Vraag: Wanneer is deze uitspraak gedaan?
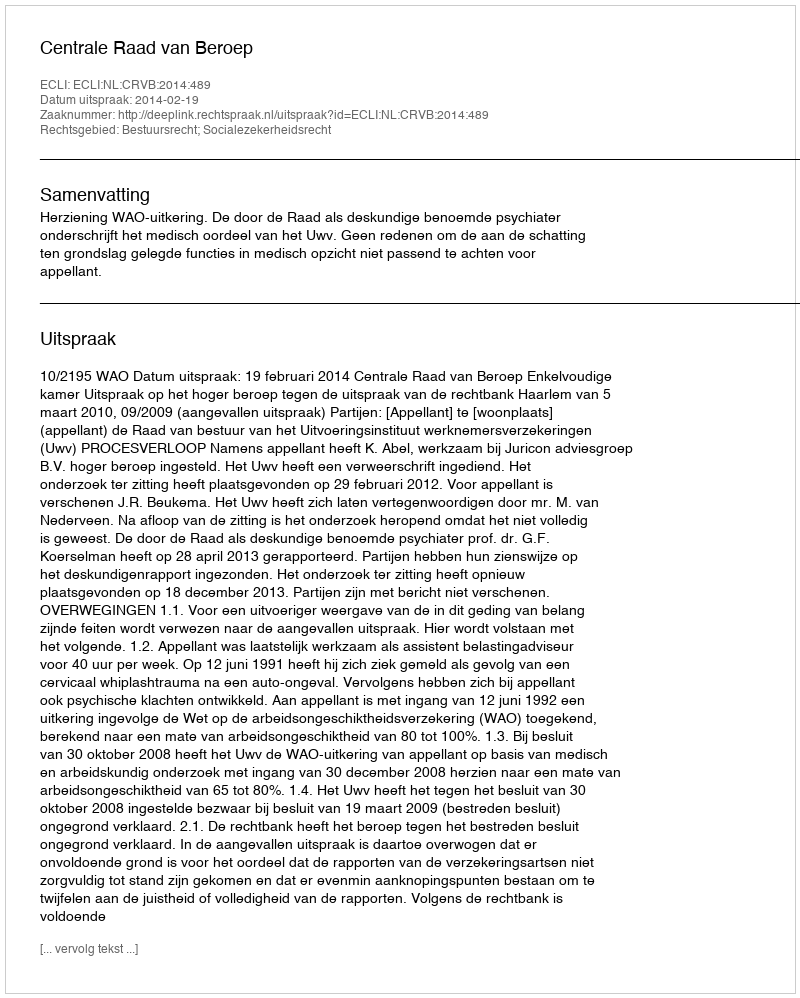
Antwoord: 2014-02-19